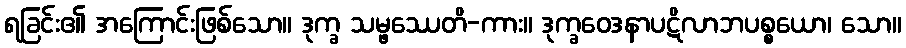
ရခြင်း၏ အကြောင်းဖြစ်သော။ ဒုက္ခ သမ္ဖဿေတိ-ကား။ ဒုက္ခဝေဒနာပဋိလာဘပစ္စယော၊ သော။